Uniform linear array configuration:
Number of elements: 16
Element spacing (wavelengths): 0.5
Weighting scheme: cosine
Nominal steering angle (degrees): -30
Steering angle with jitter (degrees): -29.289
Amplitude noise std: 0.05
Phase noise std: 0.05

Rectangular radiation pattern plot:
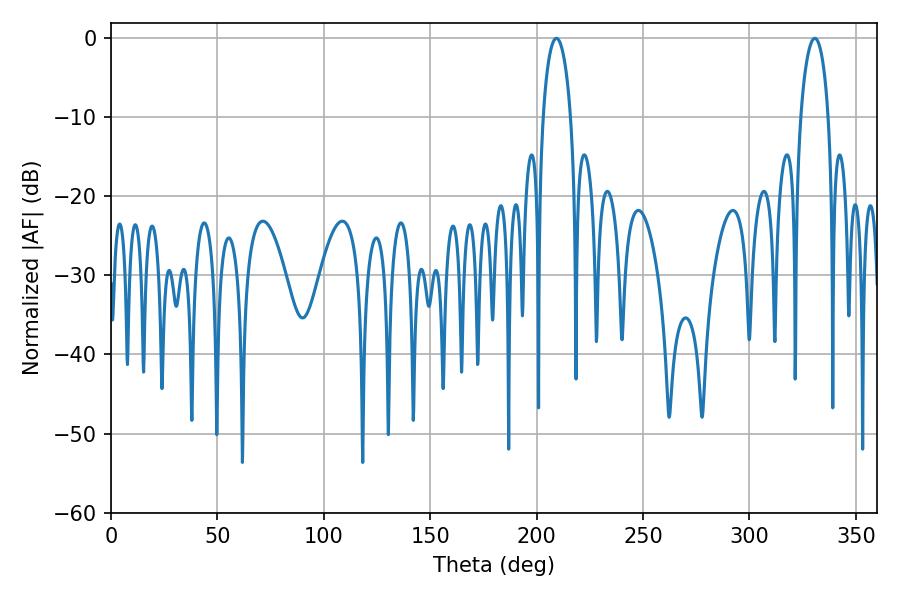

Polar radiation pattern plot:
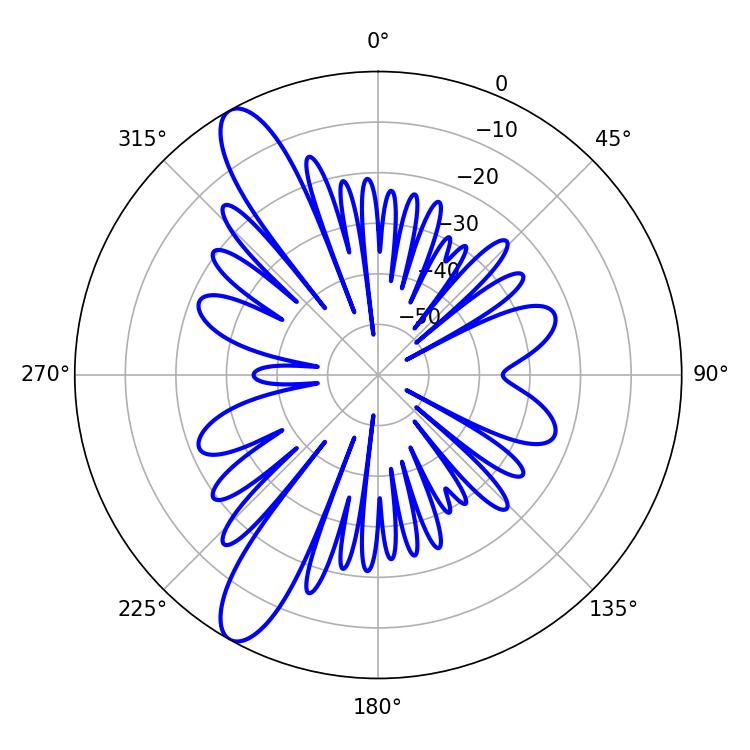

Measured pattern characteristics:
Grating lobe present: FALSE
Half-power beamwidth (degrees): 7.56
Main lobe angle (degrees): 330.66